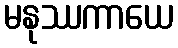
မနုဿကာယေ